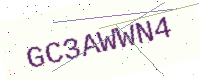
Text: GC3AWWN4